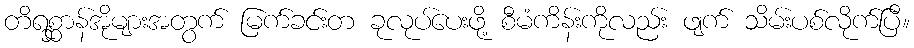
တိရစ္ဆာန်အိုများအတွက် မြက်ခင်းတ ခုလုပ်ပေးဖို့ စီမံကိန်းကိုလည်း ဖျက် သိမ်းပစ်လိုက်ပြီ။